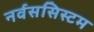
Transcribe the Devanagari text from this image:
नर्वससिस्टम